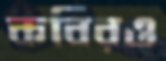
কবিরও